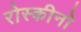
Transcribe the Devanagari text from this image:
रोस्कीनो